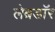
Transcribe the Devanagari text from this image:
लेब्रडॉर